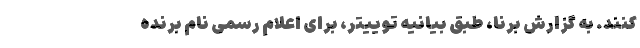
کنند. به گزارش برنا، طبق بیانیه توییتر، برای اعلام رسمی نام برنده